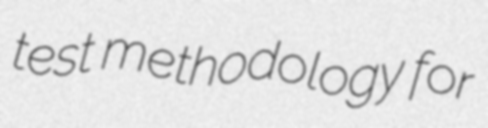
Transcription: test methodology for